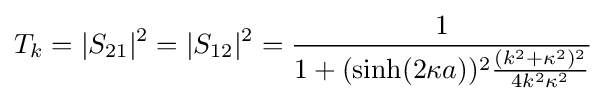
T_{k}=|S_{21}|^{2}=|S_{12}|^{2}={\frac {1}{1+(\sinh(2\kappa a))^{2}{\frac {(k^{2}+\kappa ^{2})^{2}}{4k^{2}\kappa ^{2}}}}}